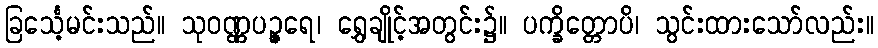
ခြင်္သေ့မင်းသည်။ သုဝဏ္ဏပဉ္ဇရေ၊ ရွှေချိုင့်အတွင်း၌။ ပက္ခိတ္တောပိ၊ သွင်းထားသော်လည်း။